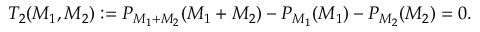
T _ { 2 } ( M _ { 1 } , M _ { 2 } ) : = P _ { M _ { 1 } + M _ { 2 } } ( M _ { 1 } + M _ { 2 } ) - P _ { M _ { 1 } } ( M _ { 1 } ) - P _ { M _ { 2 } } ( M _ { 2 } ) = 0 .